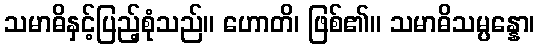
သမာဓိနှင့်ပြည့်စုံသည်။ ဟောတိ၊ ဖြစ်၏။ သမာဓိသမ္ပန္နော၊